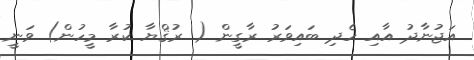
އަޖުނާދު އާއި ހެދި ބައިވަރު ރާގީން ( ރުޤްޔާ ކުރާ މީހުން) ވަނީ